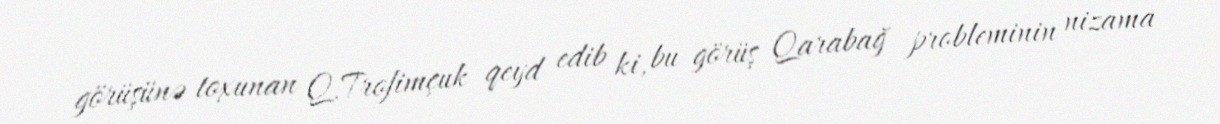
görüşünə toxunan Q.Trofimçuk qeyd edib ki, bu görüş Qarabağ probleminin nizama